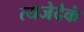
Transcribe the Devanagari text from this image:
त्यजेदेकं